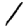
Digit: 1